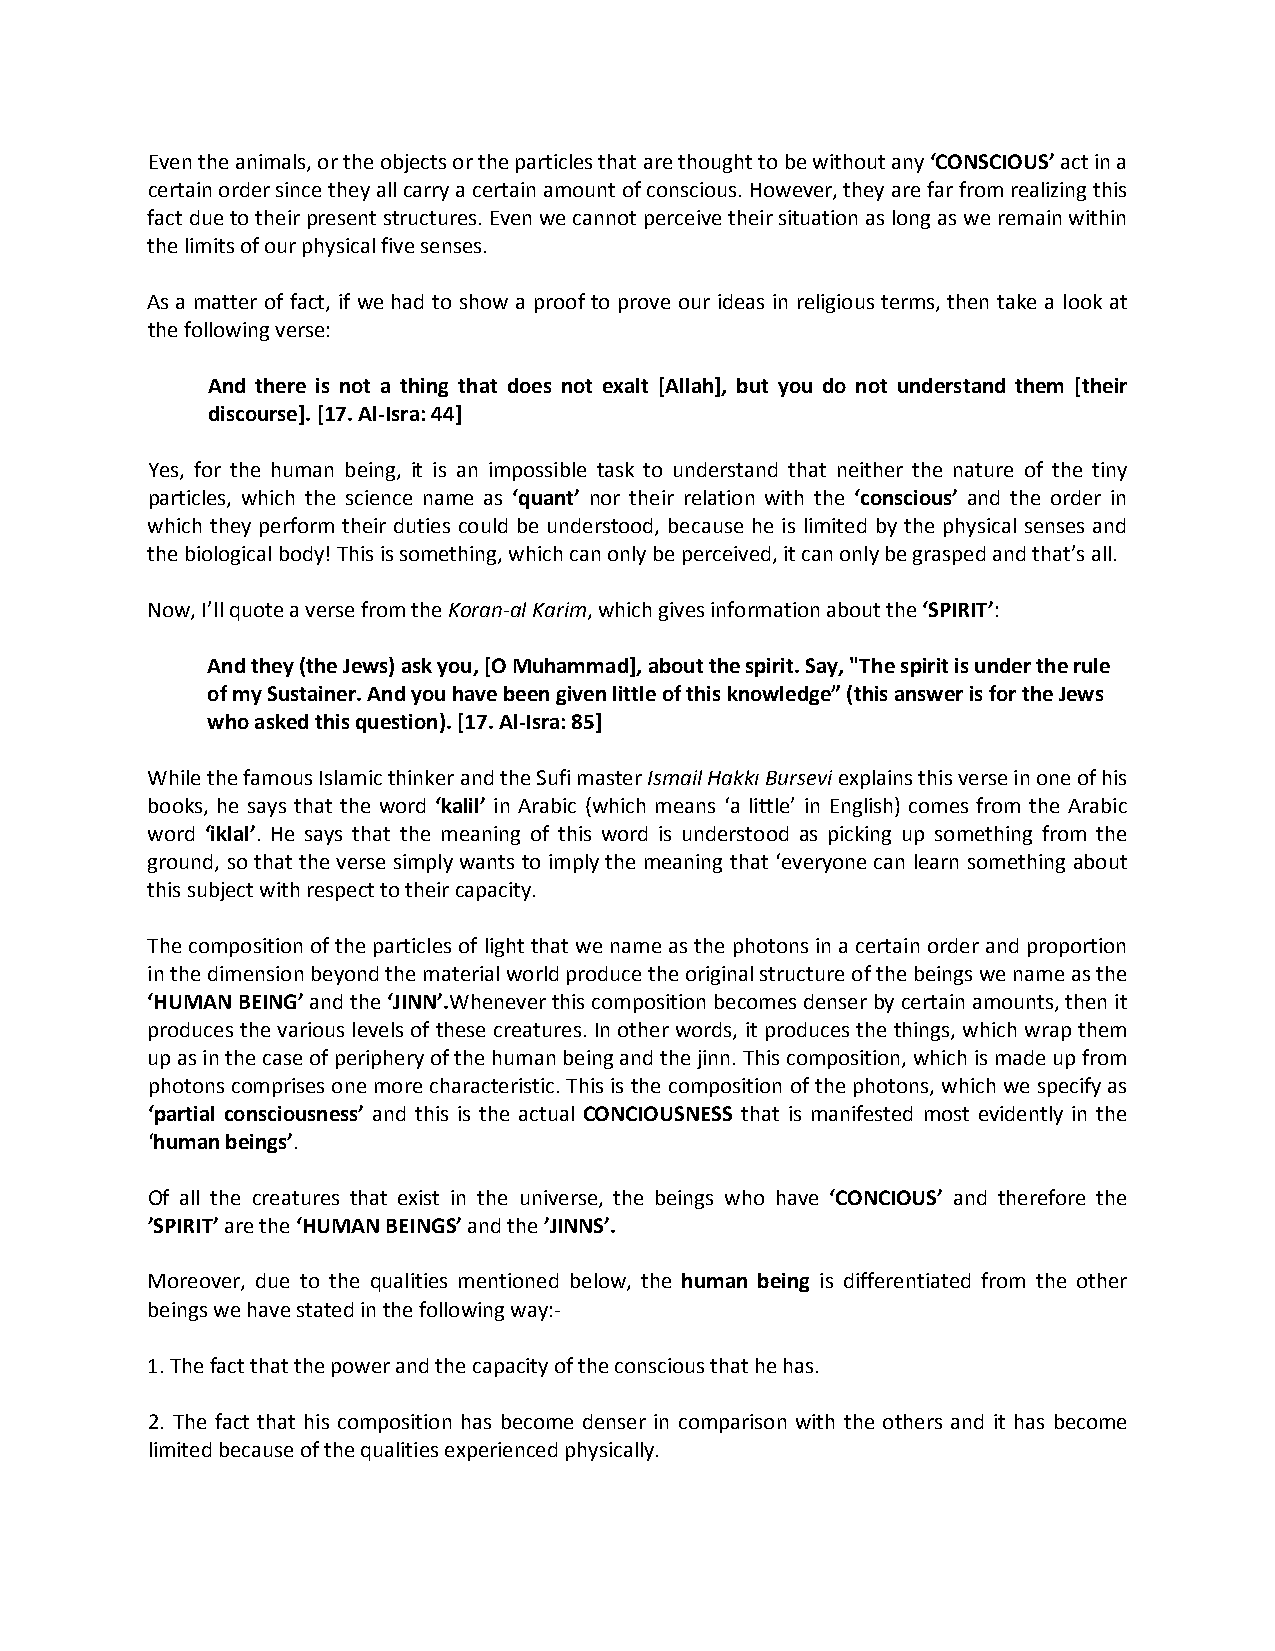
Even the animals, or the objects or the particles that are thought to be without any ‘CONSCIOUS’ act in a
 certain order since they all carry a certain amount of conscious. However, they are far from realizing this
 fact due to their present structures. Even we cannot perceive their situation as long as we remain within
 the limits of our physical five senses.
 As a matter of fact, if we had to show a proof to prove our ideas in religious terms, then take a look at
 the following verse:
 And there is not a thing that does not exalt [Allah], but you do not understand them [their
 discourse]. [17. Al-Isra: 44]
 Yes, for the human being, it is an impossible task to understand that neither the nature of the tiny
 particles, which the science name as ‘quant’ nor their relation with the ‘conscious’ and the order in
 which they perform their duties could be understood, because he is limited by the physical senses and
 the biological body! This is something, which can only be perceived, it can only be grasped and that’s all.
 Now, I’ll quote a verse from the Koran-al Karim, which gives information about the ‘SPIRIT’:
 And they (the Jews) ask you, [O Muhammad], about the spirit. Say, "The spirit is under the rule
 of my Sustainer. And you have been given little of this knowledge” (this answer is for the Jews
 who asked this question). [17. Al-Isra: 85]
 While the famous Islamic thinker and the Sufi master Ismail Hakkı Bursevi explains this verse in one of his
 books, he says that the word ‘kalil’ in Arabic (which means ‘a little’ in English) comes from the Arabic
 word ‘iklal’. He says that the meaning of this word is understood as picking up something from the
 ground, so that the verse simply wants to imply the meaning that ‘everyone can learn something about
 this subject with respect to their capacity.
 The composition of the particles of light that we name as the photons in a certain order and proportion
 in the dimension beyond the material world produce the original structure of the beings we name as the
 ‘HUMAN BEING’ and the ‘JINN’.Whenever this composition becomes denser by certain amounts, then it
 produces the various levels of these creatures. In other words, it produces the things, which wrap them
 up as in the case of periphery of the human being and the jinn. This composition, which is made up from
 photons comprises one more characteristic. This is the composition of the photons, which we specify as
 ‘partial consciousness’ and this is the actual CONCIOUSNESS that is manifested most evidently in the
 ‘human beings’.
 Of all the creatures that exist in the universe, the beings who have ‘CONCIOUS’ and therefore the
 ’SPIRIT’ are the ‘HUMAN BEINGS’ and the ’JINNS’.
 Moreover, due to the qualities mentioned below, the human being is differentiated from the other
 beings we have stated in the following way:-
 1. The fact that the power and the capacity of the conscious that he has.
 2. The fact that his composition has become denser in comparison with the others and it has become
 limited because of the qualities experienced physically.